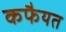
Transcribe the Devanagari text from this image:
कफैयत